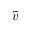
\tilde { v }